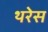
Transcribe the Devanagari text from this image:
थरेस